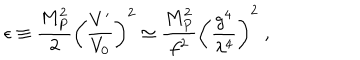
\epsilon \equiv \frac { M _ { P } ^ { 2 } } { 2 } \left( \frac { V ^ { \prime } } { V _ { 0 } } \right) ^ { 2 } \simeq \frac { M _ { P } ^ { 2 } } { f ^ { 2 } } \left( \frac { g ^ { 4 } } { \lambda ^ { 4 } } \right) ^ { 2 } \; ,